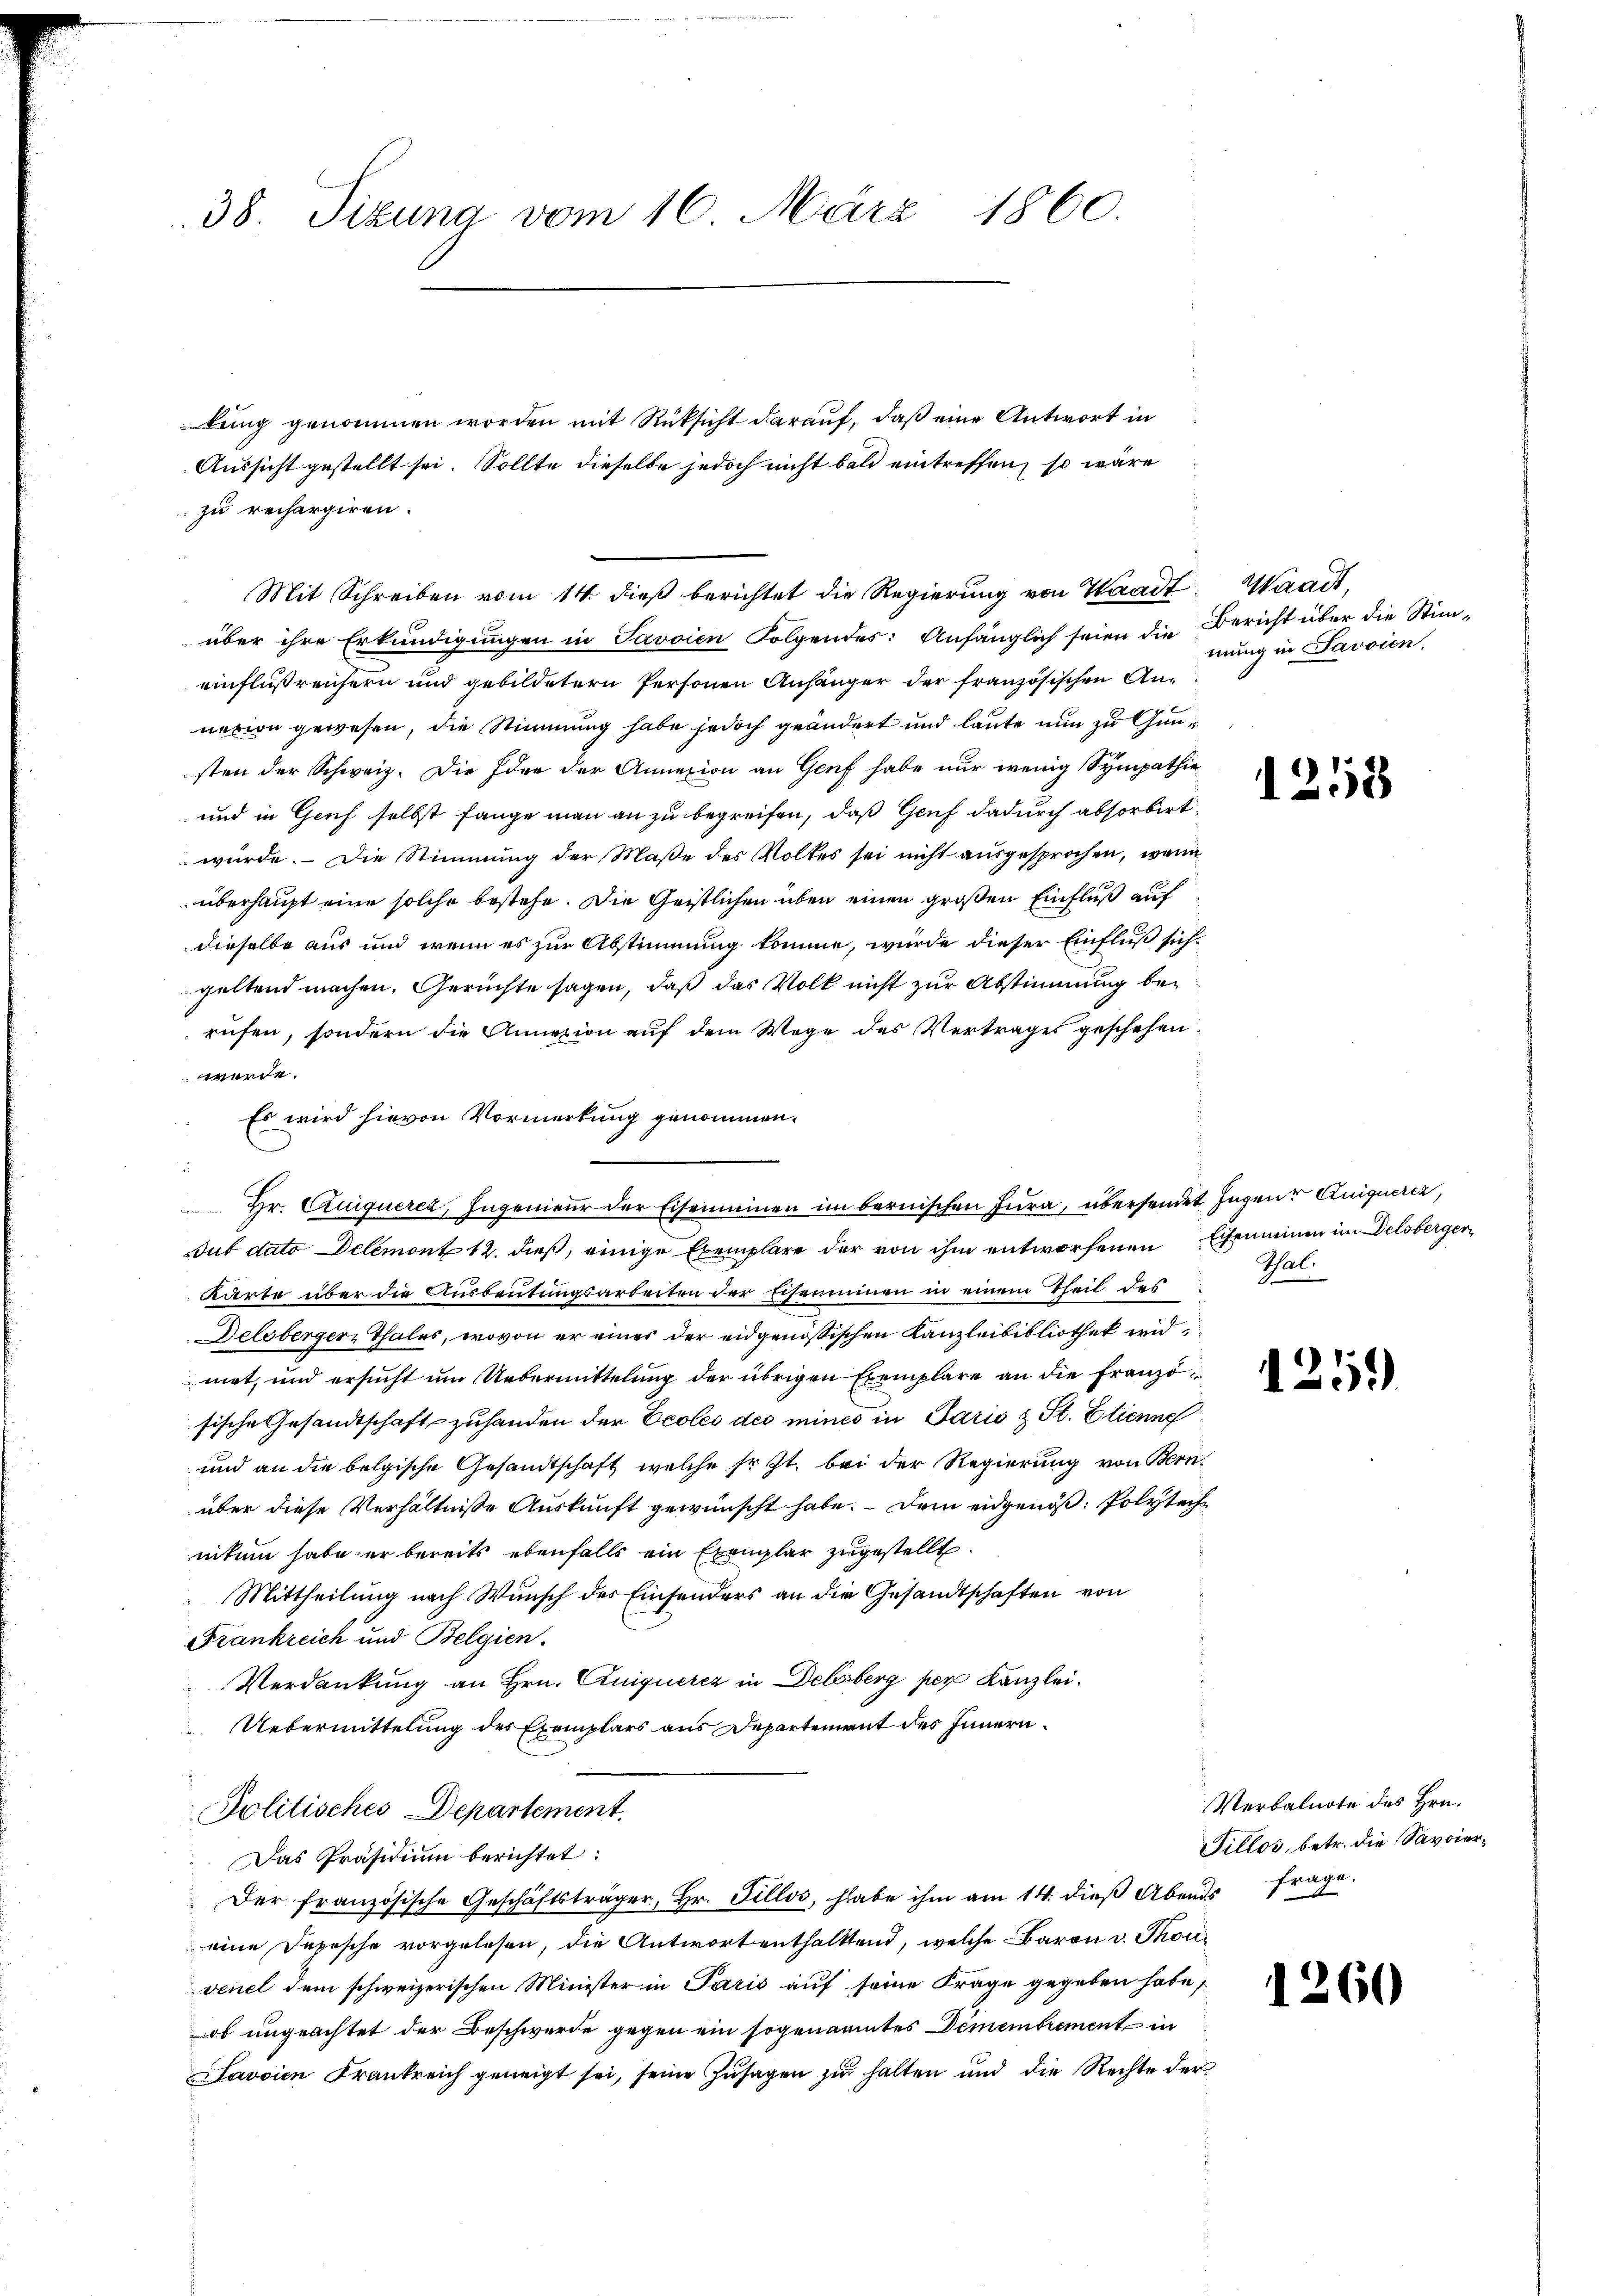
38. Sizung vom 16. März 1860.

zu rechargiren.
über ihre Erkundigungen in Savoien Folgendes: Anfänglich seien die Bericht über die Stimeinflußrensern und gebildetern Personen Anhänger der französischen Annetion gewesen, die Stimmung habe jedoch geändert und laute nun zu Gunsten der Schweiz. Die Idee der Annexion an Genf habe nur wenig Sympathie
und in Gruf selbst fange man an zu begreifen, daß Genf dadurch absorbirt.
würde. Die Stimmung der Maße des Volkes sei nicht ausgesprochen, wenn
überhaupt eine solche bestehe. Die Geistlichen über einen großen Einfluß auf
dieselbe aus und wenn es zur Abstimmung komme, wurde dieser Einfluß sichgeltend machen. Gerüchte sagen, daß das Volk nicht zur Abstimmung bei
rufen, sondern die Annazion auf dem Wege des Vertrages geschehen.
werde.
Es wird hievon Vormerkung genommen.
i
Sub dato Delemont 12. dieß, einige Exemplare der von ihm entworfenen Ehraminen im Delsberger¬
Karte über die Ausbeutungsarbeiten der Eisenminen in einem Theil des
Delsberger Thales, wovon er einer der eidgenössischen Kanzleibibliothek wid
met, und ersucht um Uebermittelung der übrigen Exemplare an die Franzö
sische Gesandtschaft zuhanden der Ecoles des minis in Paris & St. Etienne
und an die belgische Gesandtschaft, welche sr. Zt. bei der Regierung von Bernüber diese Verhältnisse Auskunft gewünscht habe. Dem eidgenöß: Polyteche
nitum habe er bereits ebenfalls ein Exemplar zugestellt.
Mittheilung nach Wunsch des Einsonders an die Gesandtschaften von
Frankreich und Belgien.
Verdankung an Hrn. Cniquerez in Deliberg per Kanzlei.
Uebermittelung des Exemplars aus Departement des Innern
Politisches Departement
Das Präsidiŭm berichtet:
Der französische Geschäftsträger, Hr. Fillos, habe ihm am 14. dieβ Abends frage.
eine Depesche vorgelesen, die Antwort enthaltend, welche Baron v. Thorivenel dem schweizerischen Minister in Paris auf seine Frage gegeben habe,
ob ungeachtet der Beschwerde gegen ein sogenanntes Dimembrement in
avvien Krankreich geneigt sei, seine Zusagen zu halten und die Rechte der

Mit Schreiben vom 14. dieß berichtet die Regierung von Waadt, Waadt,

kung genommen worden mit Rüksicht darauf, daß eine Antwort in
Aussicht gestellt sei. Sollte dieselbe jedoch nicht bald eintreffen, so wäre

Hr. Cuiquerer, Ingenieur der Eisenminen im bernischen Jura, übersendet Hagen Kniquercz,

mung in Savoien,

1255

Thal.

1259)

Verbalnote des Hrn.
Tillos, betr. die Savoier¬

1260